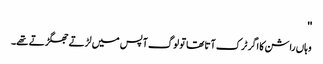
''
وہاں راشن کا اگر ٹرک آتا تھا تو لوگ آپس میں لڑتے جھگڑتے تھے۔